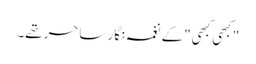
"کبھی کبھی" کے نغمہ نگار ساحر تھے۔